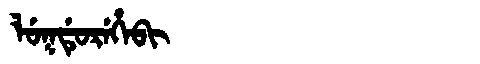
Manchu: ᠯᡠᡴᡩᡠᡵᡝᡥᡝᠪᡳ
Romanization: LUKDUREHEBI